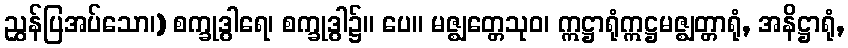
ညွှန်ပြအပ်သော၊) စက္ခုဒွါရေ၊ စက္ခုဒွါ၌။ ပေ။ မဇ္ဈတ္တေသုဝ၊ ဣဋ္ဌာရုံဣဋ္ဌမဇ္ဈတ္တာရုံ, အနိဋ္ဌာရုံ,